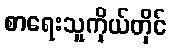
စာရေးသူကိုယ်တိုင်